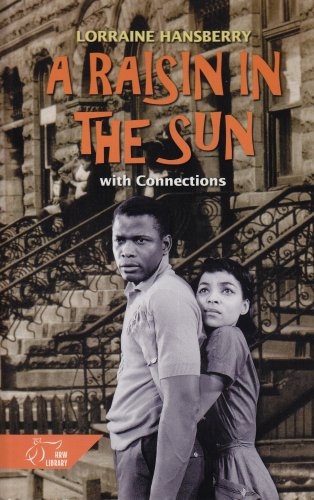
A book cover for A Raisin in the Sun: with Connections (HRW Library); Lorraine Hansberry; Literature & Fiction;